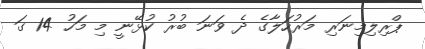
ޕްރިލިމިނަރި މަރުހަލާގެ ދެ ވަނަ ބުރު ކުޅޭނީ މި މަހު 14 ގަ